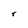
Character: r